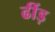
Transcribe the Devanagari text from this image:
ढींड़